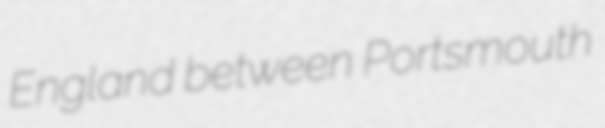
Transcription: England between Portsmouth